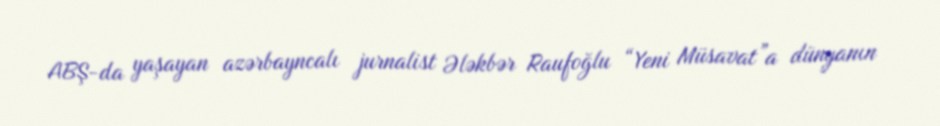
ABŞ-da yaşayan azərbayncalı jurnalist Ələkbər Raufoğlu “Yeni Müsavat”a dünyanın